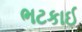
ભટકાઈ